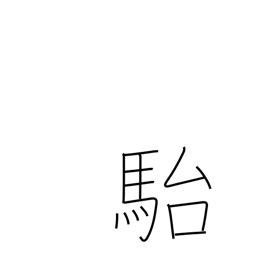
Meaning: stupid